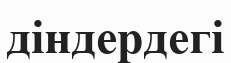
діндердегі